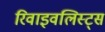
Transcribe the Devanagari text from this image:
रिवाइवलिस्ट्स